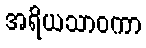
အရိယသာဝကာ